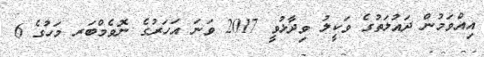
އިއްވަމުން ދައުލަތުގެ ވަކީލު ވިދާޅުވީ 2017 ވަނަ އަހަރުގެ ނޮވެމްބަރ މަހުގެ 6